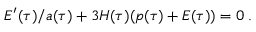
{ \cal E } ^ { \prime } ( \tau ) / a ( \tau ) + 3 H ( \tau ) ( p ( \tau ) + { \cal E } ( \tau ) ) = 0 \; .